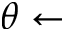
\theta \gets